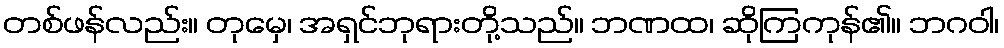
တစ်ဖန်လည်း။ တုမှေ၊ အရှင်ဘုရားတို့သည်။ ဘဏထ၊ ဆိုကြကုန်၏။ ဘဂဝါ၊